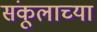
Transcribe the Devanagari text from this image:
संकूलाच्या